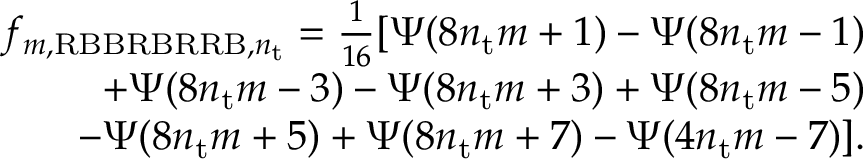
\begin{array} { r } { f _ { m , \mathrm { R B B R B R R B } , n _ { \mathrm { t } } } = \frac { 1 } { 1 6 } [ \Psi ( 8 n _ { \mathrm { t } } m + 1 ) - \Psi ( 8 n _ { \mathrm { t } } m - 1 ) } \\ { \quad \quad + \Psi ( 8 n _ { \mathrm { t } } m - 3 ) - \Psi ( 8 n _ { \mathrm { t } } m + 3 ) + \Psi ( 8 n _ { \mathrm { t } } m - 5 ) } \\ { \quad \quad - \Psi ( 8 n _ { \mathrm { t } } m + 5 ) + \Psi ( 8 n _ { \mathrm { t } } m + 7 ) - \Psi ( 4 n _ { \mathrm { t } } m - 7 ) ] . } \end{array}